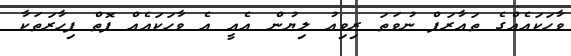
ވާހަކައެއްގެ ތަޢާރަފް ނުވަތަ ރިވިއު ލިޔުން އެއީ އެ ވާހަކައެއް ފޮތް ފިހާރަތަކާ